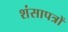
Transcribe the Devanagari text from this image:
शंसापत्रों